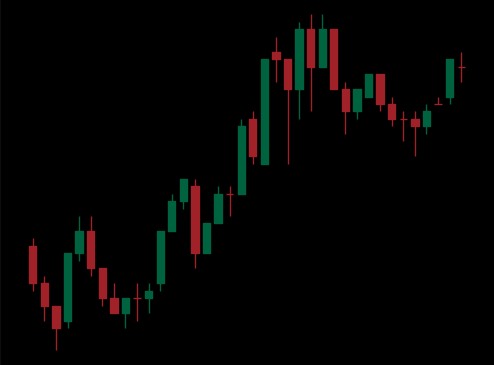
Pattern: bear_flag